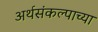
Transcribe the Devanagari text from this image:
अर्थसंकल्पाच्या